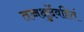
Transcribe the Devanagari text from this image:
तच्चक्षुर्देवहितं